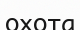
охота